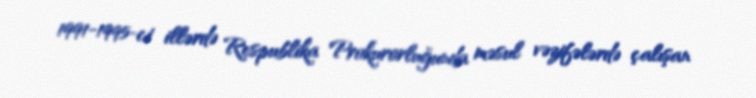
1991-1995-ci illərdə Respublika Prokurorluğunda məsul vəzifələrdə çalışan